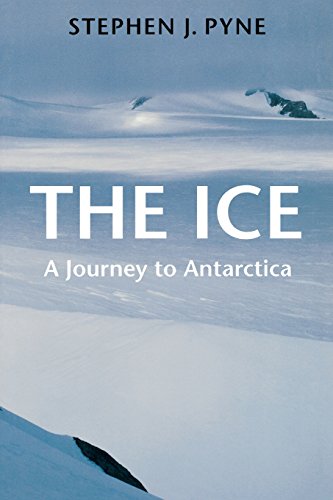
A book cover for The Ice: A Journey to Antarctica (Weyerhaeuser Environmental Books); Stephen Pyne; Travel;